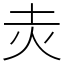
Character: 灻